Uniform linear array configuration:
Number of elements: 12
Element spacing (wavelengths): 0.75
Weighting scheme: blackman
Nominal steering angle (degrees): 0
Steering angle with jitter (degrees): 0.6469
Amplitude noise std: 0.05
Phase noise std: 0.05

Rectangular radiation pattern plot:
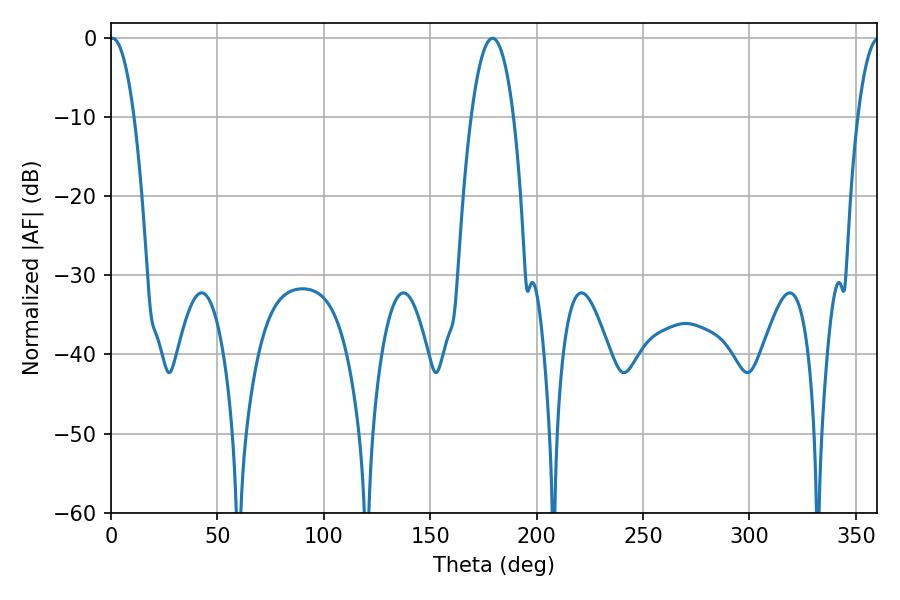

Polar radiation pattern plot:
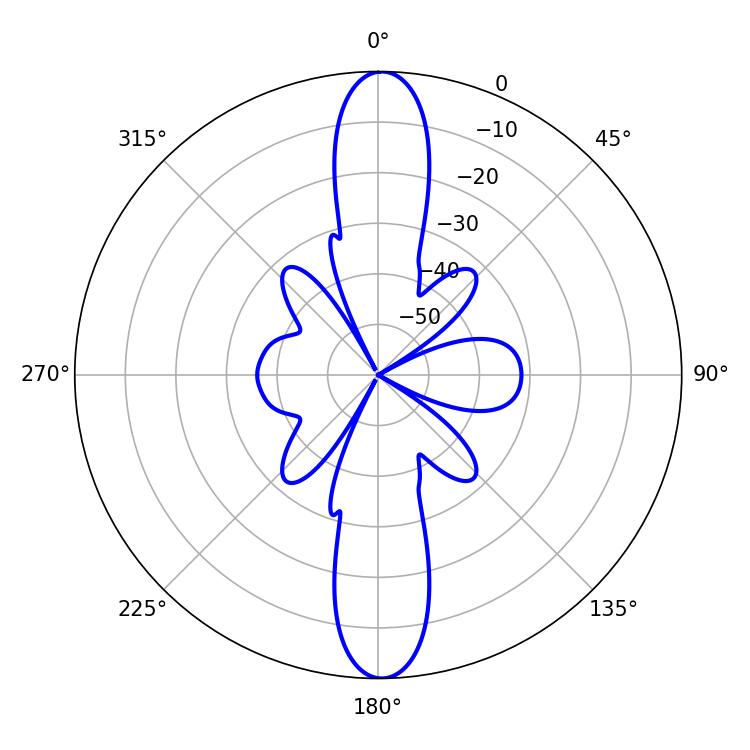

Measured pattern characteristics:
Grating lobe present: TRUE
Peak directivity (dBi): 25.292
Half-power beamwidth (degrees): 6.3
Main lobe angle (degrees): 0.72